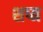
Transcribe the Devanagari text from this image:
शष्त्र